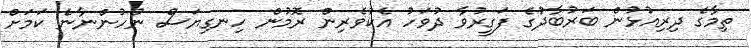
ތިމާގެ ދިރިއުޅުން ބަރުބާދުގެ ފަގީރުވާ ދުވަހު އެކުވެރިން ރޮމުން ހިނގިޔަސް ނުހުންނާނެ ކަމަށް